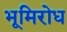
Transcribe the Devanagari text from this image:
भूमिरोध